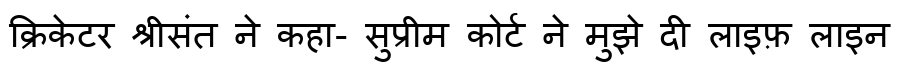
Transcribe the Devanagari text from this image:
क्रिकेटर श्रीसंत ने कहा- सुप्रीम कोर्ट ने मुझे दी लाइफ़ लाइन